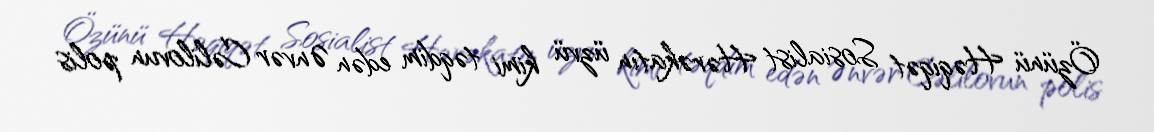
Özünü Həqiqət Sosialist Hərəkatın üzvü kimi təqdim edən Ənvər Cəlilovun polis